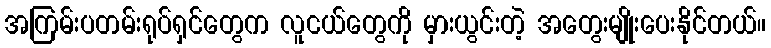
အကြမ်းပတမ်းရုပ်ရှင်တွေက လူငယ်တွေကို မှားယွင်းတဲ့ အတွေးမျိုးပေးနိုင်တယ်။